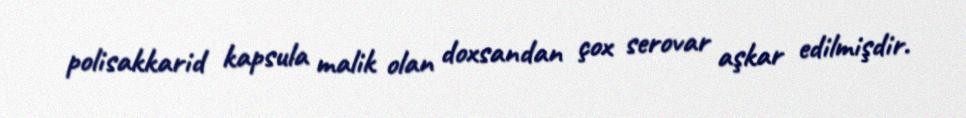
polisakkarid kapsula malik olan doxsandan çox serovar aşkar edilmişdir.